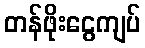
တန်ဖိုးငွေကျပ်